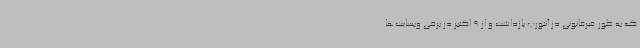
که به طور غیرقانونی در آنتورپ بازداشت و از 9 اکتبر در برخی وبسایت‌ها